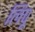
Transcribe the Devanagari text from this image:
लिपू